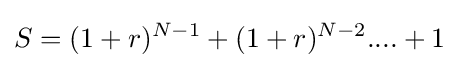
S=(1+r)^{N-1}+(1+r)^{N-2}....+1